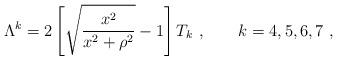
LaTeX: \begin{align*}\Lambda^k= 2 \left[ \sqrt{\frac{x^2}{x^2 + \rho^2}} - 1 \right]T_k \ , \qquad k = 4, 5, 6, 7 \ ,\end{align*}